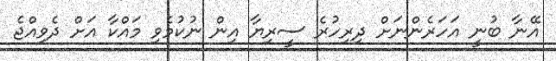
އޭނާ ބުނީ އަހަރެންނަށް ދިރިހުރެ ސީރިޔާ އިން ނުކުމެވި މައްކާ އަށް ދެވިއްޖެ